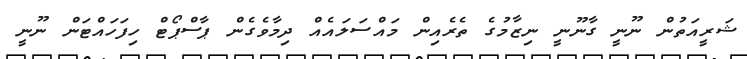
ޝަރީއަތުން ނޫނީ ގާނޫނީ ނިޒާމުގެ ތެރެއިން މައްސަލައެއް ދިމާވެގެން ޕާސްޕޯޓް ހިފަަހައްޓަން ނޫނީ